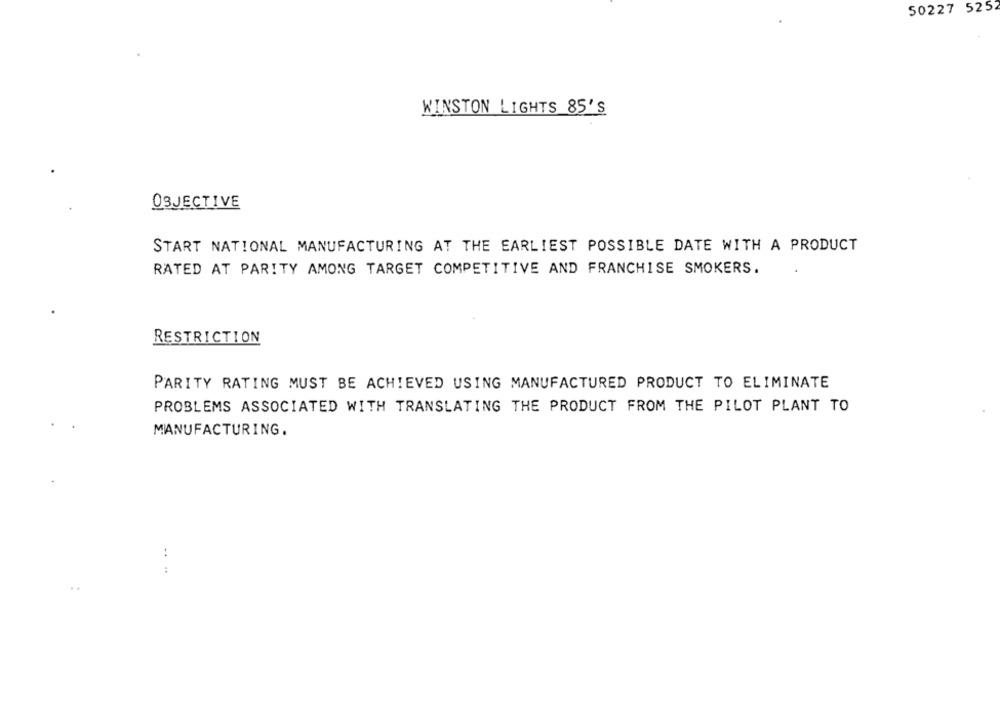
50227 5252
WINSTON LIGHTS 85'S
OBJECTIVE
START NATIONAL MANUFACTURING AT THE EARLIEST POSSIBLE DATE WITH A PRODUCT
RATED AT PARITY AMONG TARGET COMPETITIVE AND FRANCHISE SMOKERS.
RESTRICTION
PARITY RATING MUST BE ACHIEVED USING MANUFACTURED PRODUCT TO ELIMINATE
PROBLEMS ASSOCIATED WITH TRANSLATING THE PRODUCT FROM THE PILOT PLANT TO
MANUFACTURING.
-.-